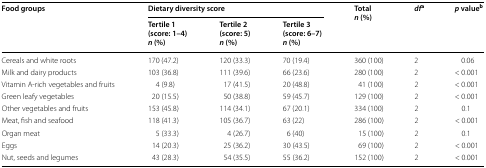
<table><thead><tr><td rowspan="2"><b>Food groups</b></td><td colspan="3"><b>Dietary diversity score</b></td><td rowspan="2"><b>Total<i>n</i> (%)</b></td><td rowspan="2"><b><i>df</i><sup>a</sup></b></td><td rowspan="2"><b><i>p</i> value<sup>b</sup></b></td></tr><tr><td><b>Tertile 1(score: 1–4)<i>n</i> (%)</b></td><td><b>Tertile 2(score: 5)<i>n</i> (%)</b></td><td><b>Tertile 3(score: 6–7)<i>n</i> (%)</b></td></tr></thead><tbody><tr><td>Cereals and white roots</td><td>170 (47.2)</td><td>120 (33.3)</td><td>70 (19.4)</td><td>360 (100)</td><td>2</td><td>0.06</td></tr><tr><td>Milk and dairy products</td><td>103 (36.8)</td><td>111 (39.6)</td><td>66 (23.6)</td><td>280 (100)</td><td>2</td><td>&lt; 0.001</td></tr><tr><td>Vitamin A-rich vegetables and fruits</td><td>4 (9.8)</td><td>17 (41.5)</td><td>20 (48.8)</td><td>41 (100)</td><td>2</td><td>&lt; 0.001</td></tr><tr><td>Green leafy vegetables</td><td>20 (15.5)</td><td>50 (38.8)</td><td>59 (45.7)</td><td>129 (100)</td><td>2</td><td>&lt; 0.001</td></tr><tr><td>Other vegetables and fruits</td><td>153 (45.8)</td><td>114 (34.1)</td><td>67 (20.1)</td><td>334 (100)</td><td>2</td><td>0.1</td></tr><tr><td>Meat, fish and seafood</td><td>118 (41.3)</td><td>105 (36.7)</td><td>63 (22)</td><td>286 (100)</td><td>2</td><td>&lt; 0.001</td></tr><tr><td>Organ meat</td><td>5 (33.3)</td><td>4 (26.7)</td><td>6 (40)</td><td>15 (100)</td><td>2</td><td>0.1</td></tr><tr><td>Eggs</td><td>14 (20.3)</td><td>25 (36.2)</td><td>30 (43.5)</td><td>69 (100)</td><td>2</td><td>&lt; 0.001</td></tr><tr><td>Nut, seeds and legumes</td><td>43 (28.3)</td><td>54 (35.5)</td><td>55 (36.2)</td><td>152 (100)</td><td>2</td><td>&lt; 0.001</td></tr></tbody></table>